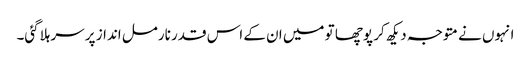
انہوں نے متوجہ دیکھ کر پوچھا تو میں ان کے اس قدر نارمل انداز پر سر ہلاگئی۔